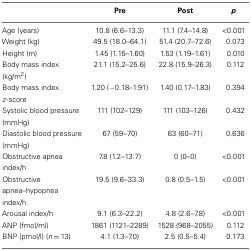
<table><thead><tr><td></td><td><b>Pre</b></td><td><b>Post</b></td><td><b><i>p</i></b></td></tr></thead><tbody><tr><td>Age (years)</td><td>10.8 (6.6–13.3)</td><td>11.1 (7.4–14.8)</td><td>&lt;0.001</td></tr><tr><td>Weight (kg)</td><td>49.5 (18.0–64.1)</td><td>51.4 (20.7–72.6)</td><td>0.073</td></tr><tr><td>Height (m)</td><td>1.45 (1.15–1.60)</td><td>1.53 (1.19–1.61)</td><td>0.010</td></tr><tr><td>Body mass index (kg/m<sup>2</sup>)</td><td>21.1 (15.2–25.6)</td><td>22.8 (15.9–26.3)</td><td>0.112</td></tr><tr><td>Body mass index <i>z</i>-score</td><td>1.20 (−0.18–1.91)</td><td>1.40 (0.17–1.83)</td><td>0.394</td></tr><tr><td>Systolic blood pressure (mmHg)</td><td>111 (102–129)</td><td>111 (103–126)</td><td>0.432</td></tr><tr><td>Diastolic blood pressure (mmHg)</td><td>67 (59–70)</td><td>63 (60–71)</td><td>0.636</td></tr><tr><td>Obstructive apnea index/h</td><td>7.8 (1.2–13.7)</td><td>0 (0–0)</td><td>&lt;0.001</td></tr><tr><td>Obstructive apnea–hypopnea index/h</td><td>19.5 (9.6–33.3)</td><td>0.8 (0.5–1.5)</td><td>&lt;0.001</td></tr><tr><td>Arousal index/h</td><td>9.1 (6.3–22.2)</td><td>4.8 (2.6–7.8)</td><td>&lt;0.001</td></tr><tr><td>ANP (fmol/ml)</td><td>1861 (1121–2289)</td><td>1528 (968–2055)</td><td>0.112</td></tr><tr><td>BNP (pmol/l) (<i>n</i> = 13)</td><td>4.1 (1.3–7.0)</td><td>2.5 (0.5–5.4)</td><td>0.173</td></tr></tbody></table>